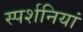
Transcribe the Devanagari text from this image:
स्पर्शनियां